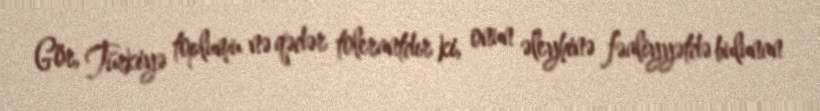
Gör, Türkiyə toplumu nə qədər tolerantdır ki, onun əleyhinə fəaliyyətdə bulunan